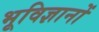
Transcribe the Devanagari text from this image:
भूविज्ञानों